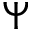
\Psi